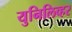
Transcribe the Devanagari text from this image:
युनिलिव्हर